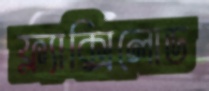
ফ্ল্যাক্সিলোড